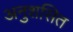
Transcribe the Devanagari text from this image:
अनुशसित